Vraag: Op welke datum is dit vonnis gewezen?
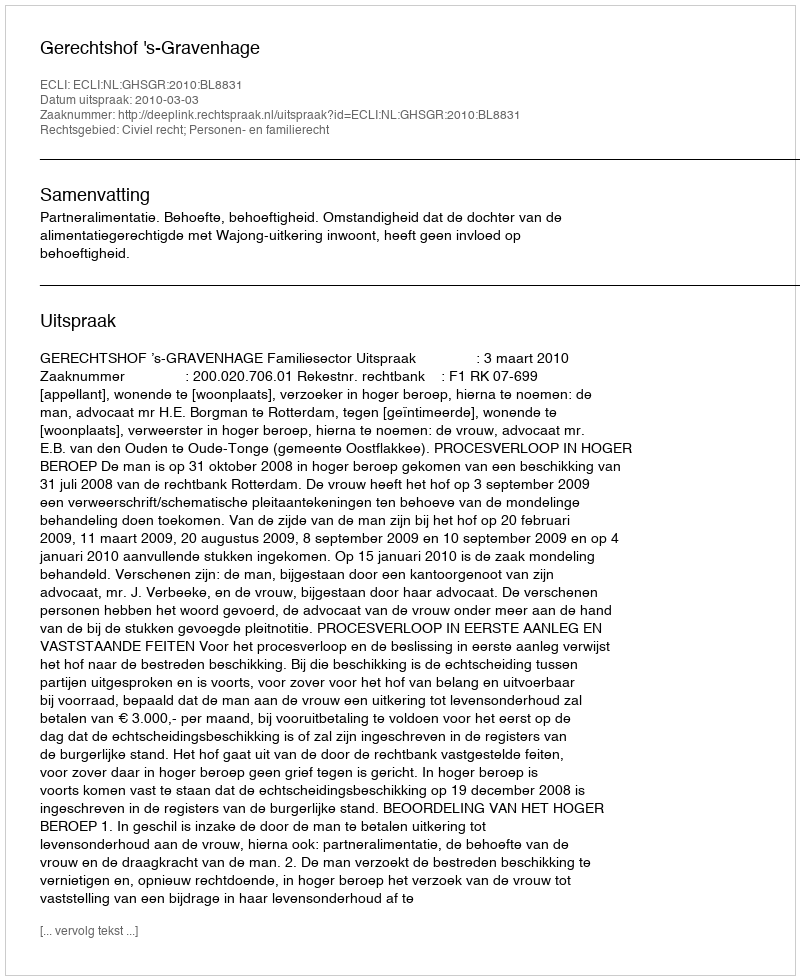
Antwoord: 2010-03-03